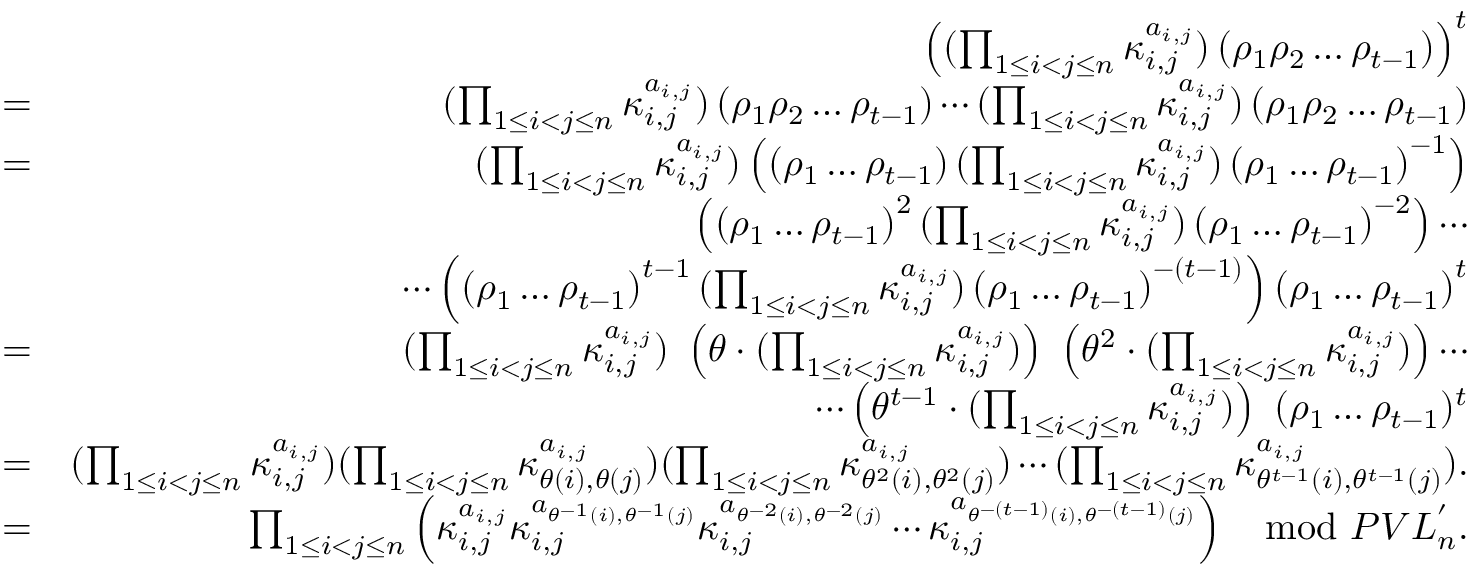
\begin{array} { r l r } & { } & { \left( ( \prod _ { 1 \leq i < j \leq n } \kappa _ { i , j } ^ { a _ { i , j } } ) \left( \rho _ { 1 } \rho _ { 2 } \ldots \rho _ { t - 1 } \right) \right) ^ { t } } \\ & { = } & { ( \prod _ { 1 \leq i < j \leq n } \kappa _ { i , j } ^ { a _ { i , j } } ) \left( \rho _ { 1 } \rho _ { 2 } \ldots \rho _ { t - 1 } \right) \cdots ( \prod _ { 1 \leq i < j \leq n } \kappa _ { i , j } ^ { a _ { i , j } } ) \left( \rho _ { 1 } \rho _ { 2 } \ldots \rho _ { t - 1 } \right) } \\ & { = } & { ( \prod _ { 1 \leq i < j \leq n } \kappa _ { i , j } ^ { a _ { i , j } } ) \left( \left( \rho _ { 1 } \ldots \rho _ { t - 1 } \right) ( \prod _ { 1 \leq i < j \leq n } \kappa _ { i , j } ^ { a _ { i , j } } ) \left( \rho _ { 1 } \ldots \rho _ { t - 1 } \right) ^ { - 1 } \right) } \\ & { } & { \left( \left( \rho _ { 1 } \ldots \rho _ { t - 1 } \right) ^ { 2 } ( \prod _ { 1 \leq i < j \leq n } \kappa _ { i , j } ^ { a _ { i , j } } ) \left( \rho _ { 1 } \ldots \rho _ { t - 1 } \right) ^ { - 2 } \right) \cdots } \\ & { } & { \cdots \left( \left( \rho _ { 1 } \ldots \rho _ { t - 1 } \right) ^ { t - 1 } ( \prod _ { 1 \leq i < j \leq n } \kappa _ { i , j } ^ { a _ { i , j } } ) \left( \rho _ { 1 } \ldots \rho _ { t - 1 } \right) ^ { - ( t - 1 ) } \right) \left( \rho _ { 1 } \ldots \rho _ { t - 1 } \right) ^ { t } } \\ & { = } & { ( \prod _ { 1 \leq i < j \leq n } \kappa _ { i , j } ^ { a _ { i , j } } ) ~ \left( \theta \cdot ( \prod _ { 1 \leq i < j \leq n } \kappa _ { i , j } ^ { a _ { i , j } } ) \right) ~ \left( \theta ^ { 2 } \cdot ( \prod _ { 1 \leq i < j \leq n } \kappa _ { i , j } ^ { a _ { i , j } } ) \right) \cdots } \\ & { } & { \cdots \left( \theta ^ { t - 1 } \cdot ( \prod _ { 1 \leq i < j \leq n } \kappa _ { i , j } ^ { a _ { i , j } } ) \right) ~ ( \rho _ { 1 } \ldots \rho _ { t - 1 } ) ^ { t } } \\ & { = } & { ( \prod _ { 1 \leq i < j \leq n } \kappa _ { i , j } ^ { a _ { i , j } } ) ( \prod _ { 1 \leq i < j \leq n } \kappa _ { \theta ( i ) , \theta ( j ) } ^ { a _ { i , j } } ) ( \prod _ { 1 \leq i < j \leq n } \kappa _ { \theta ^ { 2 } ( i ) , \theta ^ { 2 } ( j ) } ^ { a _ { i , j } } ) \cdots ( \prod _ { 1 \leq i < j \leq n } \kappa _ { \theta ^ { t - 1 } ( i ) , \theta ^ { t - 1 } ( j ) } ^ { a _ { i , j } } ) . } \\ & { = } & { \prod _ { 1 \leq i < j \leq n } \left( \kappa _ { i , j } ^ { a _ { i , j } } \kappa _ { i , j } ^ { a _ { \theta ^ { - 1 } ( i ) , \theta ^ { - 1 } ( j ) } } \kappa _ { i , j } ^ { a _ { \theta ^ { - 2 } ( i ) , \theta ^ { - 2 } ( j ) } } \cdots \kappa _ { i , j } ^ { a _ { \theta ^ { - ( t - 1 ) } ( i ) , \theta ^ { - ( t - 1 ) } ( j ) } } \right) \mod P V L _ { n } ^ { ' } . } \end{array}